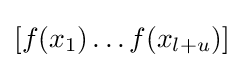
[f(x_{1})\dots f(x_{l+u})]